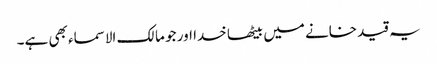
یہ قید خانے میں بیٹھا خدا اور جو مالک الاسماء بھی ہے۔